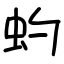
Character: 虳